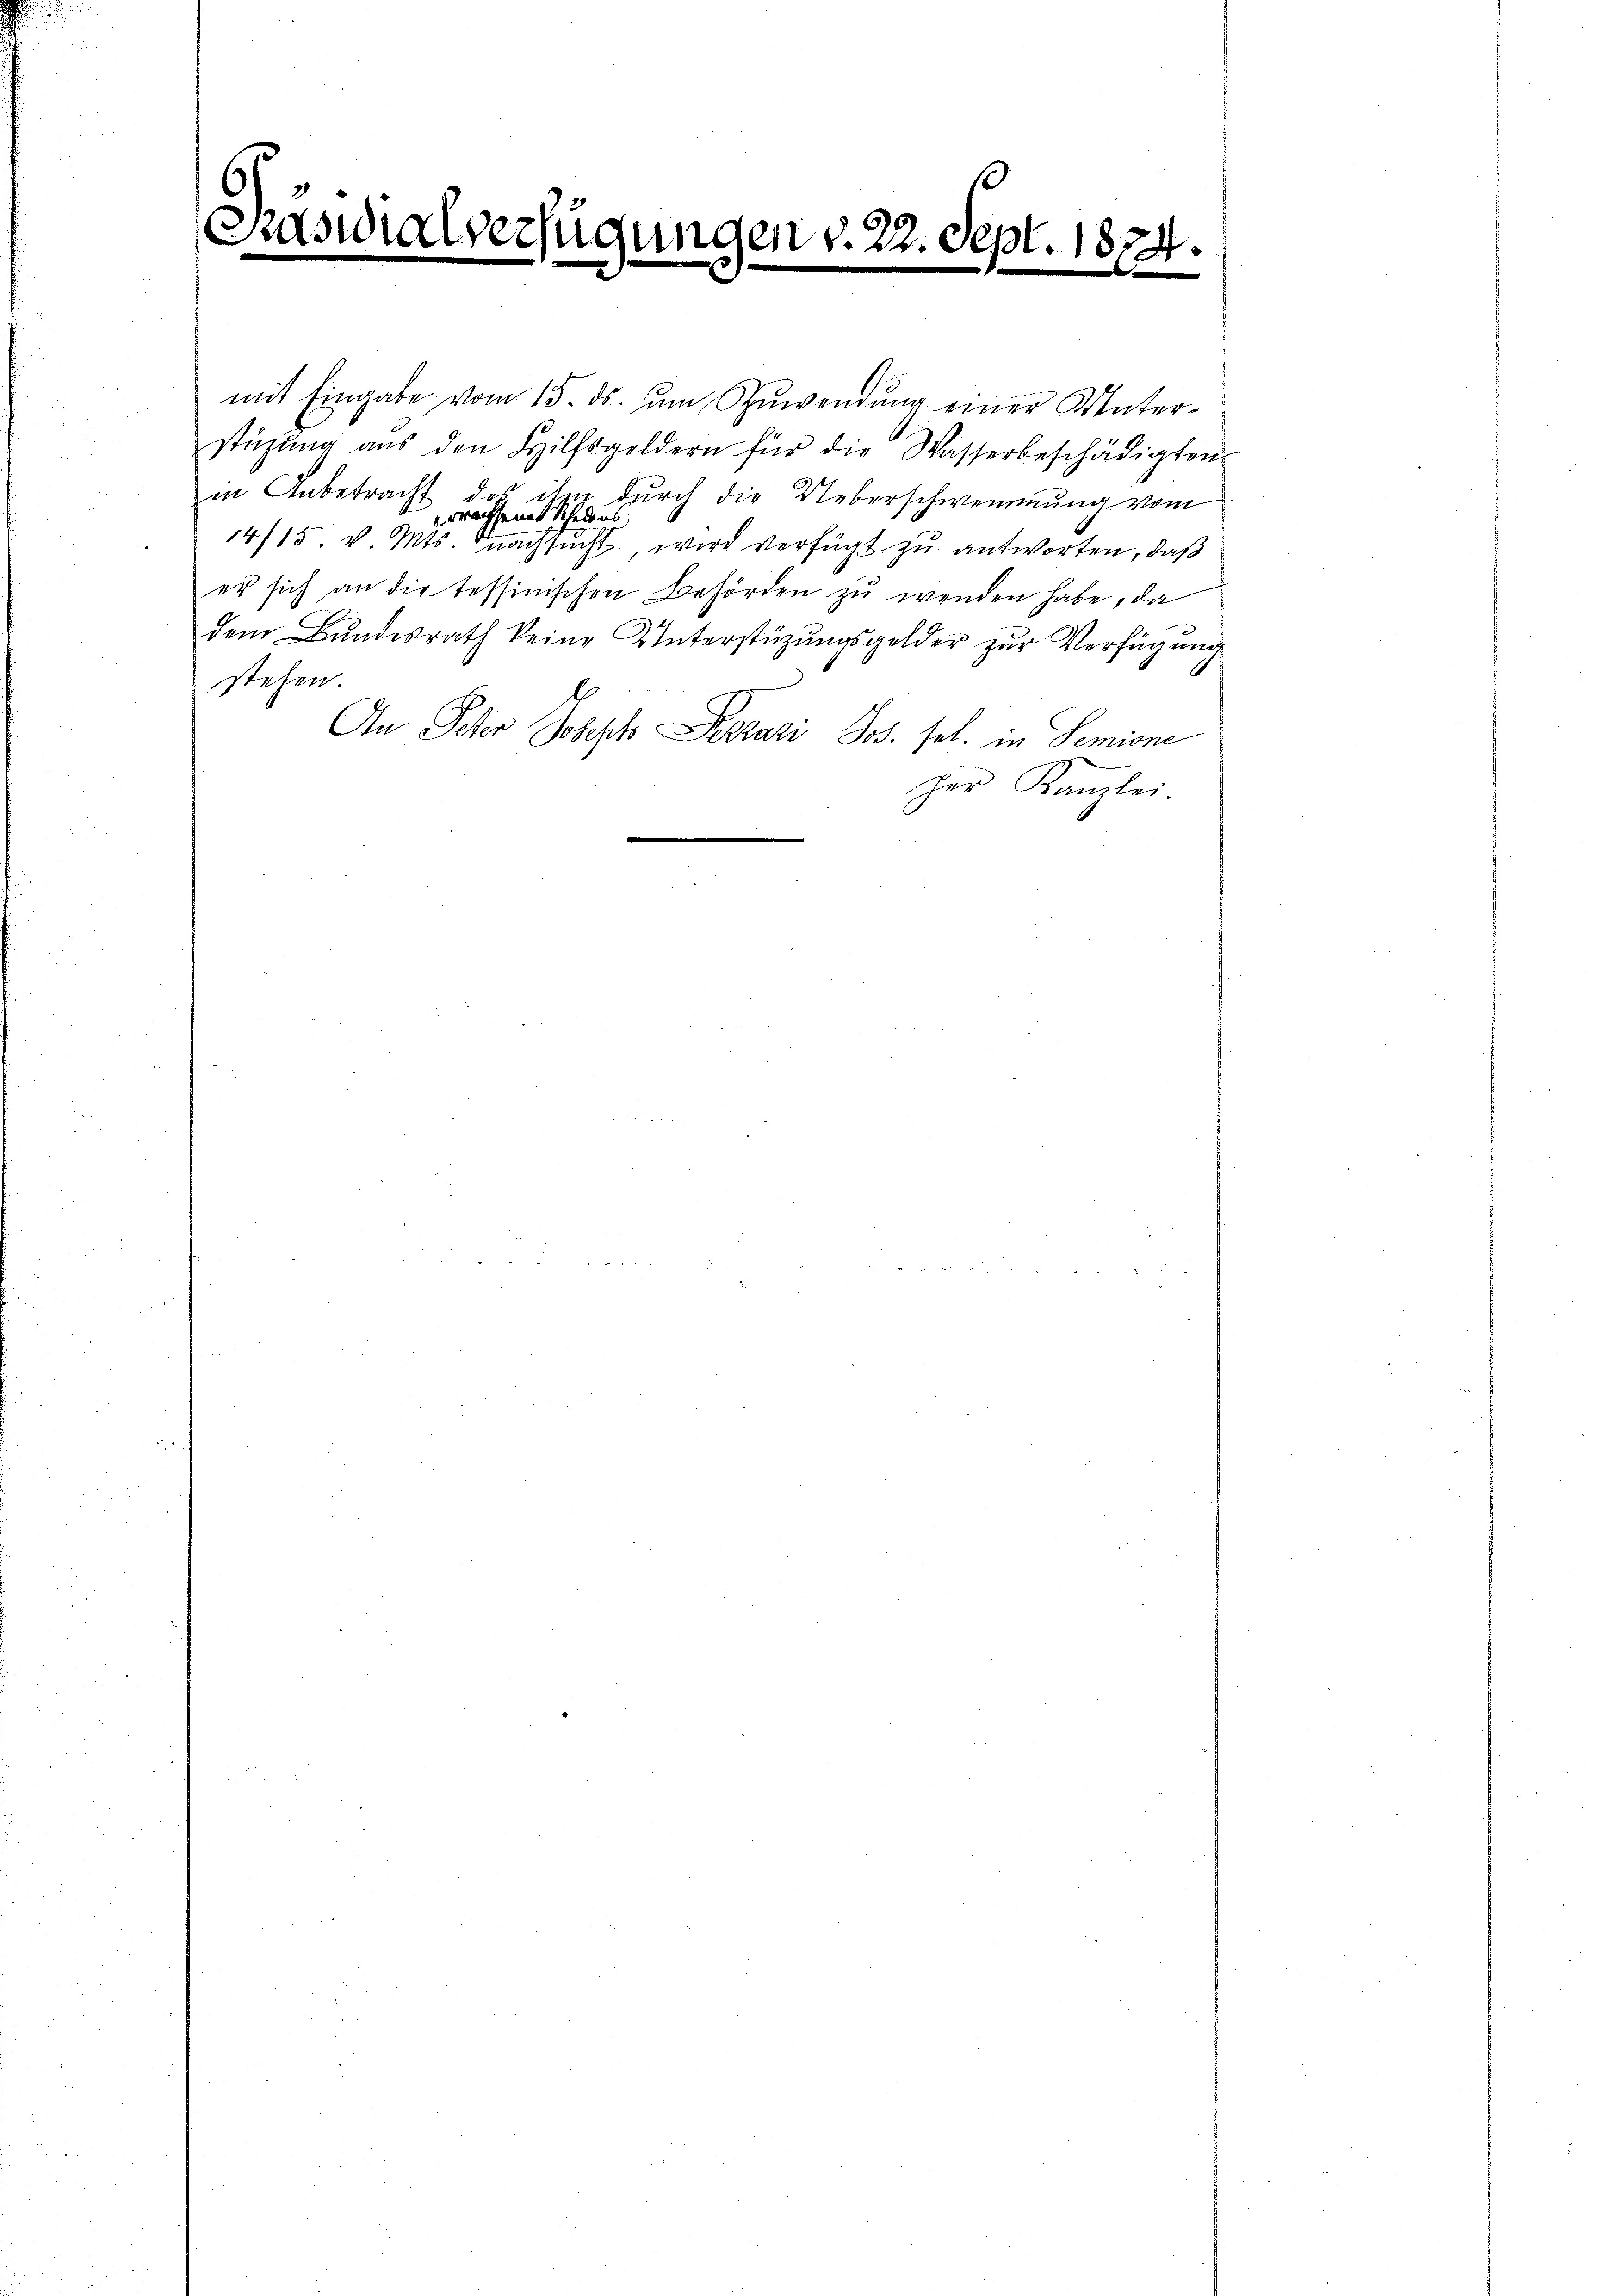
6
Sswialverfügungen v. 22. Sept. 1874.
.
e

mit Eingabe vom 15. ds. ŭm Zŭwendŭng einer Unter-
stüzung aŭs den Hilfsgeldern für die Wasserbeschädigten
in Anbetracht des ihm durch die Ueberschwemmung vom
erwachsenat Schadens
14/15 v. Mts. nachsucht, wird verfügt zu antworten, daß
er sich an die tessinischen Behörden zŭ wenden habe, da
dem Bundesrath keine Unterstüzungsgelder zur Verfügung
stehen.
An Peter Joseph Peszari Jos. sel. in Semione
.
her Kanzlei